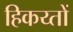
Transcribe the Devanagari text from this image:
हिकय्तों